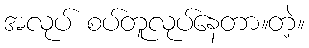
အလုပ် စပ်တူလုပ်နေတာ။တဲ့။